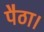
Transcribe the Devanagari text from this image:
पैठा।